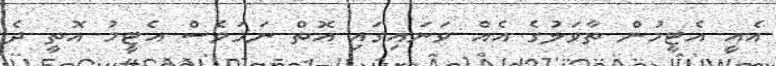
އެއީ އެޓީމުން ތާވަލުގެ އެއް ވަނައިގައި އޮތް ނަމަވެސް އެޓީމު އޮތީ ދެ